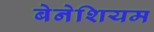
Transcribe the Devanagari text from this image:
बेनेशियम